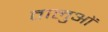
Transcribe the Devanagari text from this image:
तालुओं